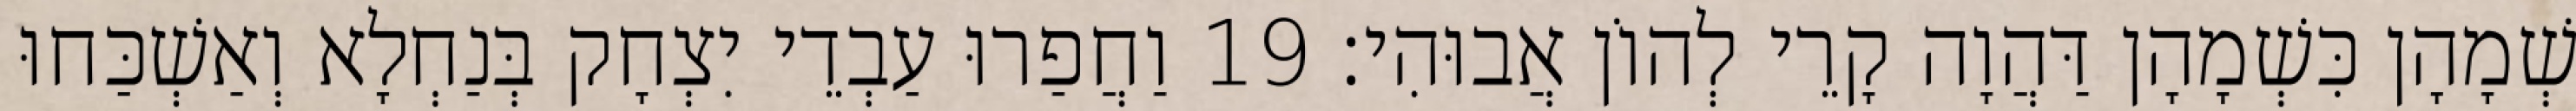
שְׁמָהָן כִּשְׁמָהָן דַּהֲוָה קָרֵי לְהוֹן אֲבוּהִי׃ 19 וַחֲפַרוּ עַבְדֵי יִצְחָק בְּנַחְלָא וְאַשְׁכַּחוּ